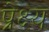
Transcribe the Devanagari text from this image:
प्रेक्ष्य